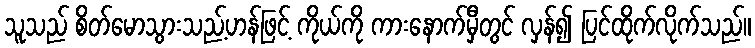
သူသည် စိတ်မောသွားသည့်ဟန်ဖြင့် ကိုယ်ကို ကားနောက်မှီတွင် လှန်၍ ပြင်ထိုက်လိုက်သည်။